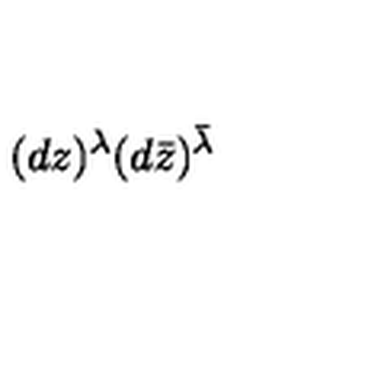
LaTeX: ( d z ) ^ { \lambda } ( d \bar { z } ) ^ { \bar { \lambda } }